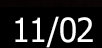
11/02